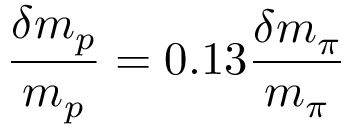
\frac { \delta m _ { p } } { m _ { p } } = 0 . 1 3 \frac { \delta m _ { \pi } } { m _ { \pi } }